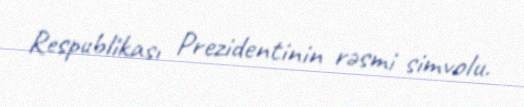
Respublikası Prezidentinin rəsmi simvolu.